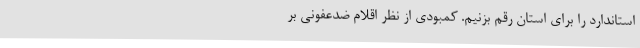
استاندارد را برای استان رقم بزنیم. کمبودی از نظر اقلام ضدعفونی بر